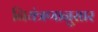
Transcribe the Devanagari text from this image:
नियंत्रणानुसार